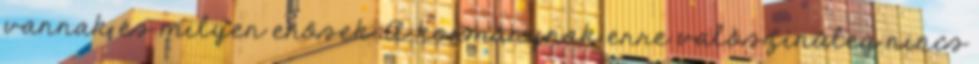
vannak és milyen erősek. A kormánynak erre valószínűleg nincs